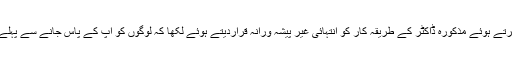
شنیرا نے سخت الفاظ استعمال کرتے ہوئے مذکورہ ڈاکٹر کے طریقہ کار کو انتہائی غیر پیشہ ورانہ قراردیتے ہوئے لکھا کہ لوگوں کو آپ کے پاس جانے سے پہلے ایک بار سوچنا ضرور چاہیے۔